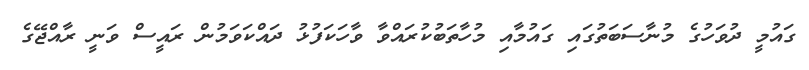
ގައުމީ ދުވަހުގެ މުނާސަބަތުގައި ގައުމާއި މުހާތަބުކުރައްވާ ވާހަކަފުޅު ދައްކަވަމުން ރައީސް ވަނީ ރާއްޖޭގެ